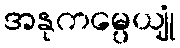
အနုကမ္ပေယျုံ